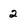
Character: 2